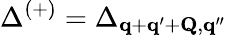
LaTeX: \Delta^{(+)}=\Delta_{\mathbf{q}+\mathbf{q^{\prime}}+\mathbf{Q},\mathbf{q^{\prime\prime}}}